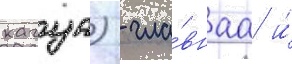
кагуа) - гла́внаа и́